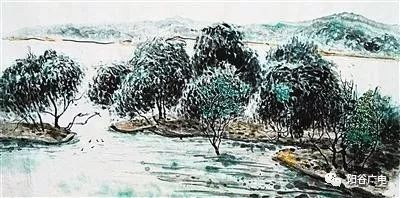
江雨霏霏江草齐，六朝如梦鸟空啼。